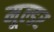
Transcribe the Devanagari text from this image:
मूल्डर